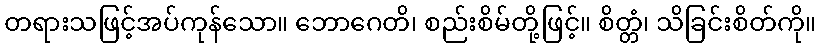
တရားသဖြင့်အပ်ကုန်သော။ ဘောဂေတိ၊ စည်းစိမ်တို့ဖြင့်။ စိတ္တံ၊ သိခြင်းစိတ်ကို။